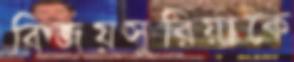
বিজয়সুরিয়াকে